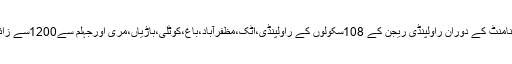
انٹرسکولزسپورٹس ٹورنامنٹ کے دوران راولپنڈی ریجن کے 108سکولوں کے راولپنڈی،اٹک،مظفرآباد،باغ،کوٹلی،باڑیاں،مری اورجہلم سے1200سے زائد طلباء نے شرکت کی۔